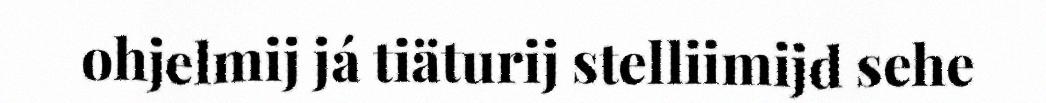
ohjelmij já tiäturij stelliimijd sehe